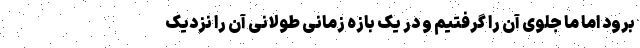
برود اما ما جلوی آن را گرفتیم و در یک بازه زمانی طولانی آن را نزدیک